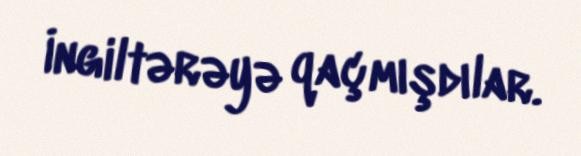
İngiltərəyə qaçmışdılar.